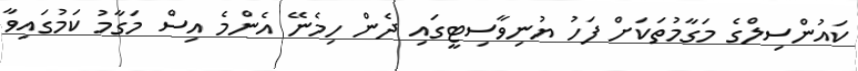
ކައުންސިލްގެ މަގާމުތަކަށް ފަހު ޔުނިވާސިޓީގައި ދެން ހިމެނޭ އެންމެ އިސް މަގާމު ކަމުގައިވާ